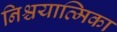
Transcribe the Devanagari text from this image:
निश्चयात्मिका